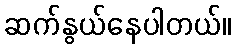
ဆက်နွယ်နေပါတယ်။